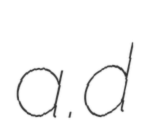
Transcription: a.d